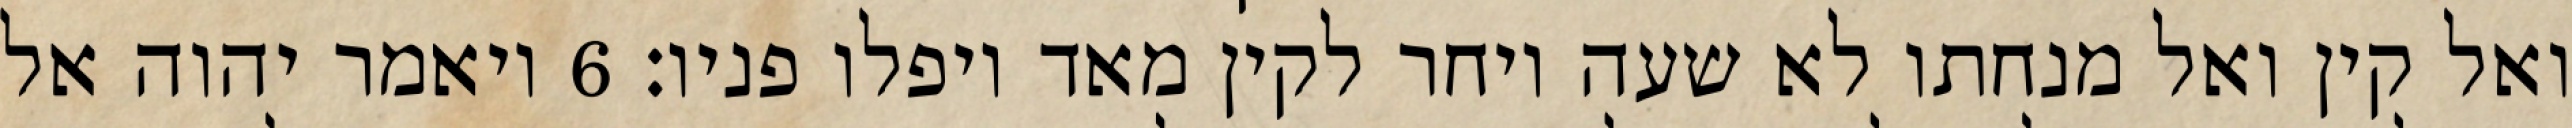
ואל קין ואל מנחתו לא שעה ויחר לקין מאד ויפלו פניו׃ ‎6‏ ויאמר יהוה אל